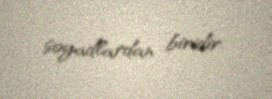
soyadlardan biridir.